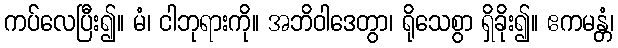
ကပ်လေပြီး၍။ မံ၊ ငါဘုရားကို။ အဘိဝါဒေတွာ၊ ရိုသေစွာ ရှိခိုး၍။ ဧကမန္တံ၊